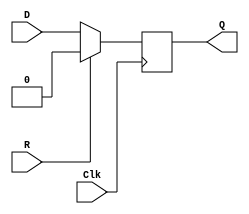
`timescale 1ns / 1ps
module D_FF(input D,
    input Clk,
    input R,
    output reg Q);
    initial begin
        Q = 1'b0;
    end
    always @(posedge Clk)
    begin
        if(R)
            Q = 1'b0;
        else
            Q = D;
    end
endmodule